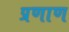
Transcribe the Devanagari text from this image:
प्रणाण